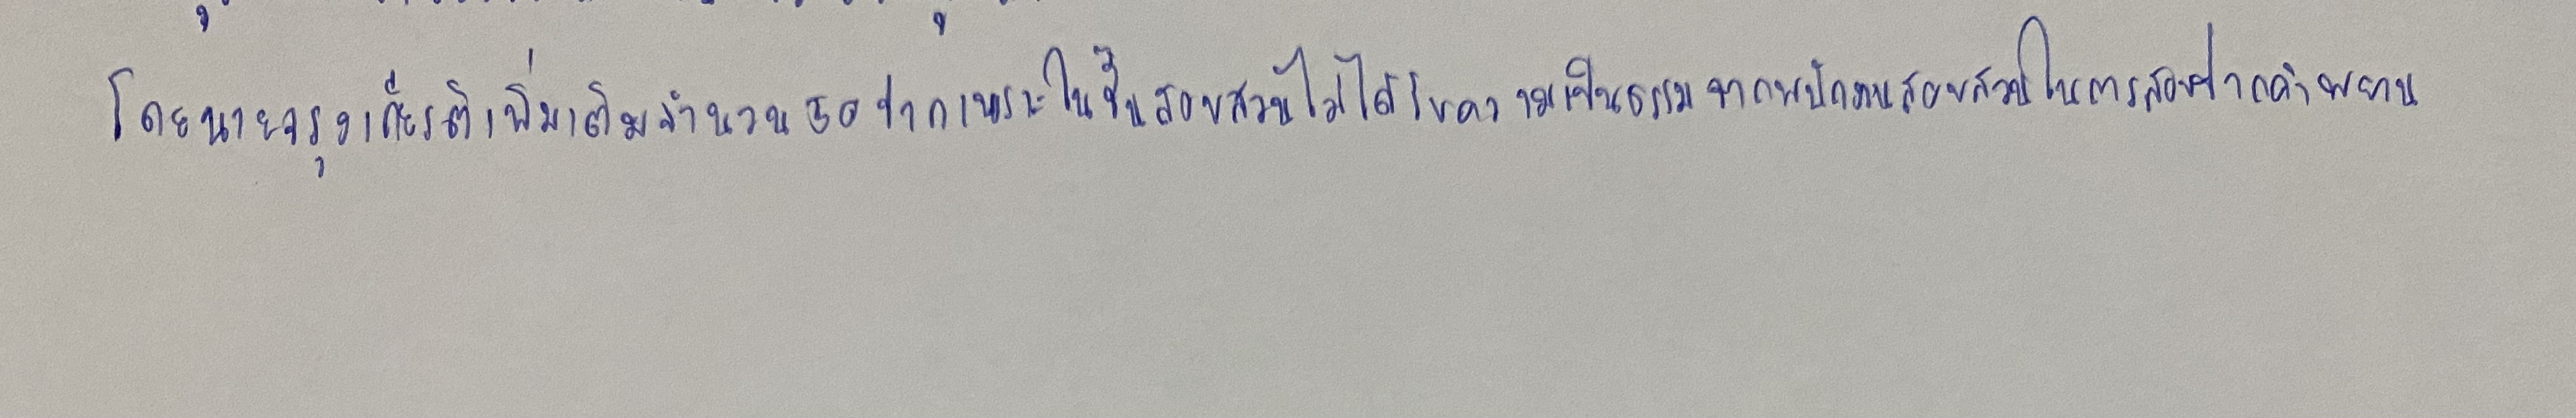
โดยนายจรุงเกียรติเพิ่มเติมจำนวน50ปากเพราะในชั้นสอบสวนไม่ได้รับความเป็นธรรมจากพนักงานสอบสวนในการสอบปากคำพยาน